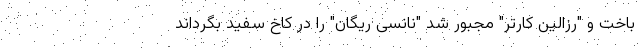
باخت و "رزالین کارتر" مجبور شد "نانسی ریگان" را در کاخ سفید بگرداند